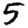
Digit: 5